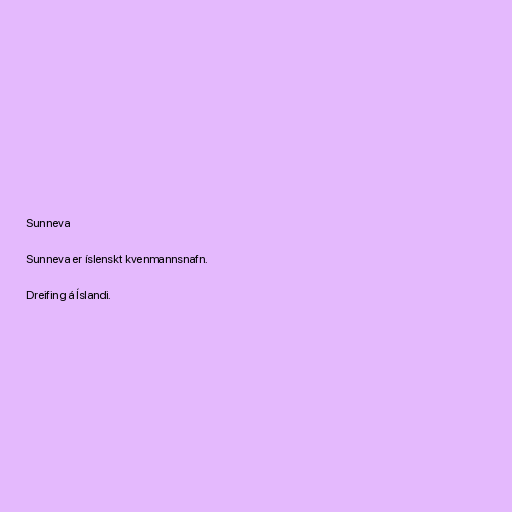
Sunneva

Sunneva er íslenskt kvenmannsnafn.

Dreifing á Íslandi.